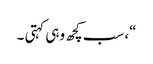
“، سب کچھ وہی کہتی ۔